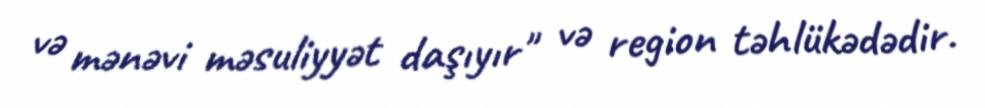
və mənəvi məsuliyyət daşıyır" və region təhlükədədir.